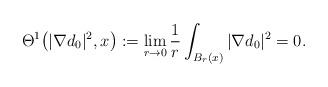
LaTeX: \begin{align*}\Theta^1\big(|\nabla d_0|^2,x\big):=\lim_{r\rightarrow 0}\frac1{r}\int_{B_r(x)}|\nabla d_0|^2=0.\end{align*}